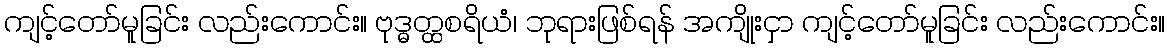
ကျင့်တော်မူခြင်း လည်းကောင်း။ ဗုဒ္ဓတ္ထစရိယံ၊ ဘုရားဖြစ်ရန် အကျိုးငှာ ကျင့်တော်မူခြင်း လည်းကောင်း။